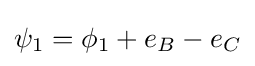
\psi _{1}=\phi _{1}+e_{B}-e_{C}